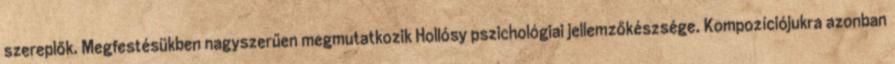
szereplők. Megfestésükben nagyszerűen megmutatkozik Hollósy pszichológiai jellemzőkészsége. Kompozíciójukra azonban